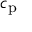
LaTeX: c _ { \mathrm { p } }